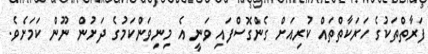
ފަރާތްތަކުގެ ހަރަކާތްތައް ކުރިއަށް ގެންގޮސްފައި ވަނީ އެ މިނިވަންކަމުގެ ދަށުން ނޫން ކަމަށެވެ.